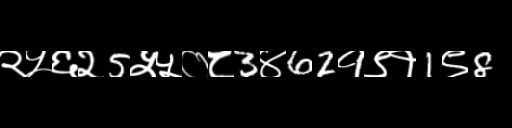
Text: २५६२5५५०८3४62१९१1९8